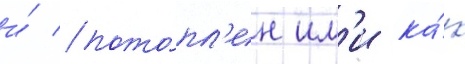
и́ пото́пл'ен им'и ка́к